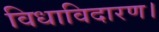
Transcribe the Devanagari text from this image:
विधाविदारण।